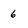
Character: 6